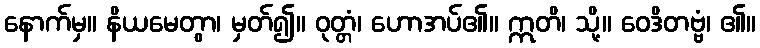
နောက်မှ။ နိယမေတွာ၊ မှတ်၍။ ဝုတ္တံ၊ ဟောအပ်၏။ ဣတိ၊ သို့။ ဝေဒိတဗ္ဗံ၊ ၏။